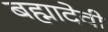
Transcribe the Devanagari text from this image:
बह्मादेवी